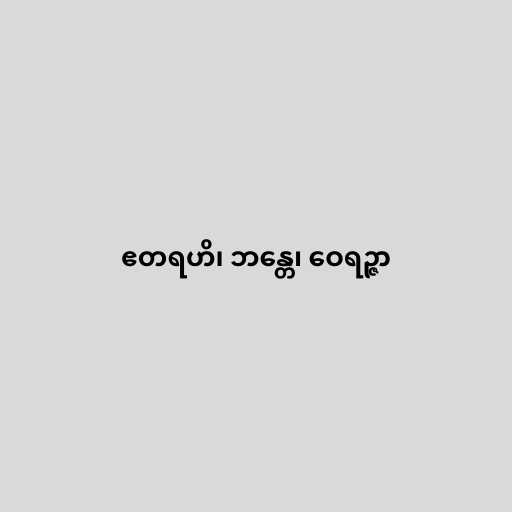
ဧတရဟိ၊ ဘန္တေ၊ ဝေရဉ္ဇာ